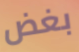
بغض